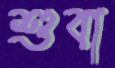
শুবা